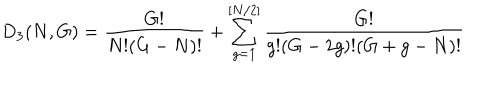
D _ { 3 } ( N , G ) = \frac { G ! } { N ! ( G - N ) ! } + \sum _ { g = 1 } ^ { [ N / 2 ] } \frac { G ! } { g ! ( G - 2 g ) ! ( G + g - N ) ! }